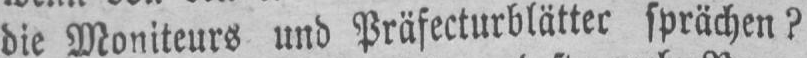
die Moniteurs und Präfecturblätter sprächen?